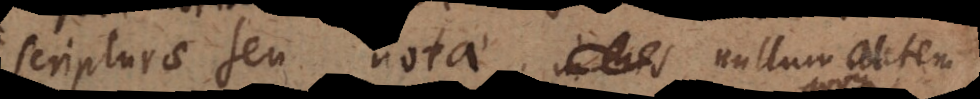
scripturae seu notae, nullum autem